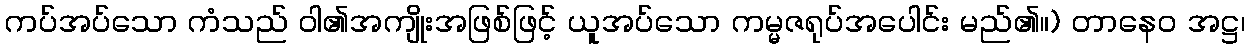
ကပ်အပ်သော ကံသည် ဝါ၏အကျိုးအဖြစ်ဖြင့် ယူအပ်သော ကမ္မဇရုပ်အပေါင်း မည်၏။) တာနေဝ အဋ္ဌ၊